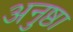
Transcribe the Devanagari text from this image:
अनुष्ठा